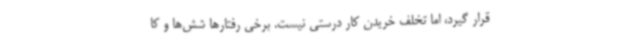
قرار گیرد، اما تخلف خریدن کار درستی نیست. برخی رفتارها شش‌ها و کا